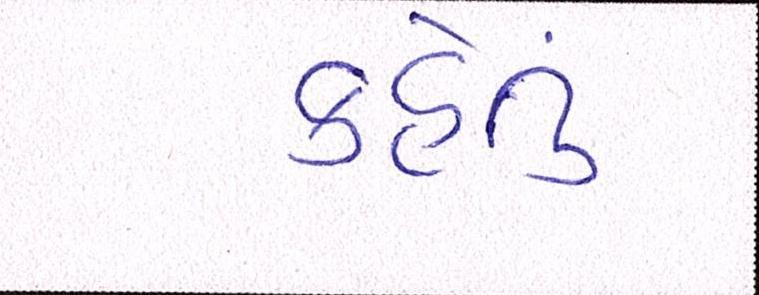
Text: કહેતું